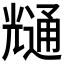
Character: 𭀶